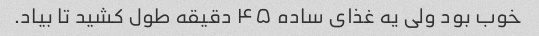
خوب بود ولی یه غذای ساده ۴۵ دقیقه طول کشید تا بیاد.